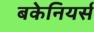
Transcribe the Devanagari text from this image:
बकेनियर्स